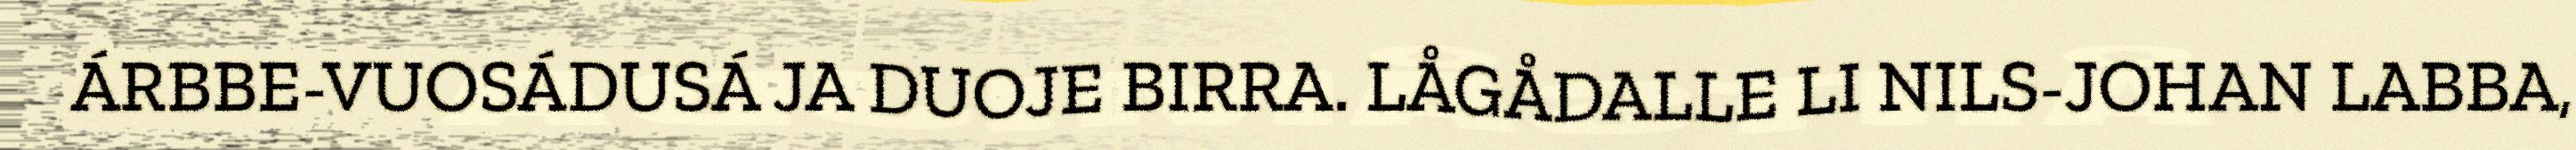
ÁRBBE-VUOSÁDUSÁ JA DUOJE BIRRA. LÅGÅDALLE LI NILS-JOHAN LABBA,